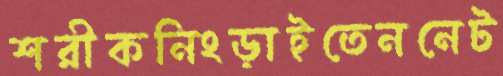
শরীকনিংড়াইতেননেট